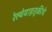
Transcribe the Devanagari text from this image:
रेल्वेवाहतूकीचे